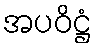
အပဝိဋ္ဌံ